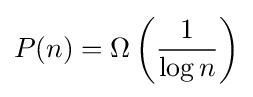
P(n)=\Omega \left({\frac {1}{\log n}}\right)